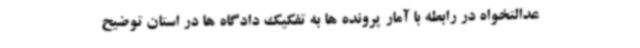
عدالتخواه در رابطه با آمار پرونده ها به تفکیک دادگاه ها در استان توضیح